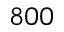
8 0 0